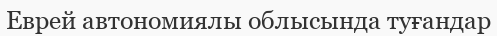
Еврей автономиялы облысында туғандар